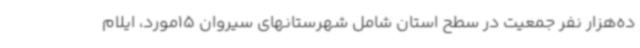
ده‌هزار نفر جمعیت در سطح استان شامل شهرستانهای سیروان 15مورد، ایلام